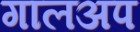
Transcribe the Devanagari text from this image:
गालअप